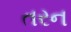
તરન